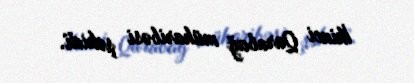
İkinci Qarabağ müharibəsi şəhidi.